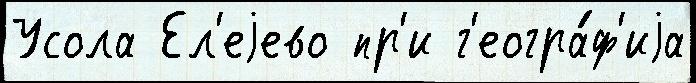
Усола Ел'еjево пр'и г'еогра́ф'иjа